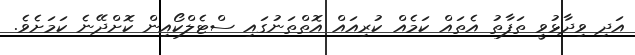
އަދި ވިދާޅުވީ ތަފާތު އެތައް ކަމެއް ކުރިއައް އޮތްތަނުގައި ސްޓެލްކޯއިން ކޮށްދޭނެ ކަމަށެވެ.